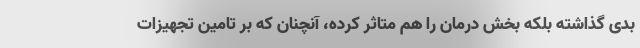
بدی گذاشته بلکه بخش درمان را هم متاثر کرده، آنچنان که بر تامین تجهیزات